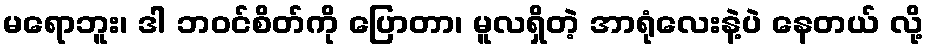
မရောဘူး၊ ဒါ ဘဝင်စိတ်ကို ပြောတာ၊ မူလရှိတဲ့ အာရုံလေးနဲ့ပဲ နေတယ် လို့